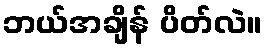
ဘယ်အချိန် ပိတ်လဲ။